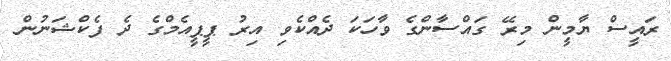
ރައީސް ޔާމީން މިރޭ ގައްސާންގެ ވާހަކަ ދެއްކެވި އިރު ޕީޕީއެމްގެ ދެ ފެކްޝަނުން